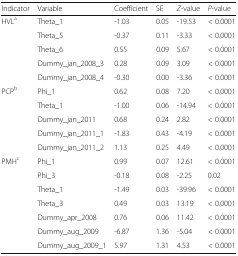
<table><thead><tr><td><b>Indicator</b></td><td><b>Variable</b></td><td><b>Coefficient</b></td><td><b>SE</b></td><td><b><i>Z</i>-value</b></td><td><b><i>P</i>-value</b></td></tr></thead><tbody><tr><td rowspan="5">HVL<sup>a</sup></td><td>Theta_1</td><td>-1.03</td><td>0.05</td><td>-19.53</td><td>&lt; 0.0001</td></tr><tr><td>Theta_5</td><td>-0.37</td><td>0.11</td><td>-3.33</td><td>&lt; 0.0001</td></tr><tr><td>Theta_6</td><td>0.55</td><td>0.09</td><td>5.67</td><td>&lt; 0.0001</td></tr><tr><td>Dummy_jan_2008_3</td><td>0.28</td><td>0.09</td><td>3.09</td><td>&lt; 0.0001</td></tr><tr><td>Dummy_jan_2008_4</td><td>-0.30</td><td>0.00</td><td>-3.36</td><td>&lt; 0.0001</td></tr><tr><td rowspan="5">PCP<sup>b</sup></td><td>Phi_1</td><td>0.62</td><td>0.08</td><td>7.20</td><td>&lt; 0.0001</td></tr><tr><td>Theta_1</td><td>-1.00</td><td>0.06</td><td>-14.94</td><td>&lt; 0.0001</td></tr><tr><td>Dummy_jan_2011</td><td>0.68</td><td>0.24</td><td>2.82</td><td>&lt; 0.0001</td></tr><tr><td>Dummy_jan_2011_1</td><td>-1.83</td><td>0.43</td><td>-4.19</td><td>&lt; 0.0001</td></tr><tr><td>Dummy_jan_2011_2</td><td>1.13</td><td>0.25</td><td>4.49</td><td>&lt; 0.0001</td></tr><tr><td rowspan="7">PMH<sup>c</sup></td><td>Phi_1</td><td>0.99</td><td>0.07</td><td>12.61</td><td>&lt; 0.0001</td></tr><tr><td>Phi_3</td><td>-0.18</td><td>0.08</td><td>-2.25</td><td>0.02</td></tr><tr><td>Theta_1</td><td>-1.49</td><td>0.03</td><td>-39.96</td><td>&lt; 0.0001</td></tr><tr><td>Theta_3</td><td>0.49</td><td>0.03</td><td>13.19</td><td>&lt; 0.0001</td></tr><tr><td>Dummy_apr_2008</td><td>0.76</td><td>0.06</td><td>11.42</td><td>&lt; 0.0001</td></tr><tr><td>Dummy_aug_2009</td><td>-6.87</td><td>1.36</td><td>-5.04</td><td>&lt; 0.0001</td></tr><tr><td>Dummy_aug_2009_1</td><td>5.97</td><td>1.31</td><td>4.53</td><td>&lt; 0.0001</td></tr></tbody></table>